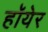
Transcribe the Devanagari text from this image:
हॉयेर